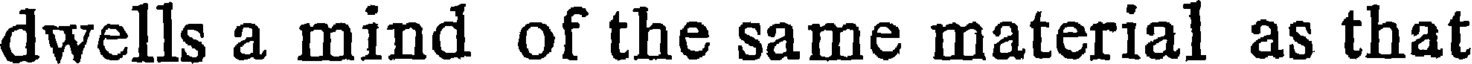
dwells a mind of the same material as that